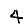
Digit: 4